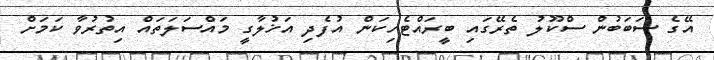
އޭގެ ސަބަބުން ސްކޫލު ތެރޭގައި ބީރައްޓެހިކަން އުފެދި އަޚުލާގީ މައްސަލަތައް އިތުރުވާ ކަމަށް